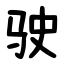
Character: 驶